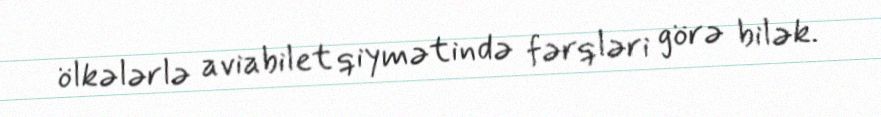
ölkələrlə aviabilet qiymətində fərqləri görə bilək.